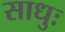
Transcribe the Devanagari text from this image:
साधुः